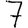
Digit: 7